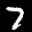
Label: 7